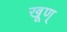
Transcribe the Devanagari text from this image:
खूण्